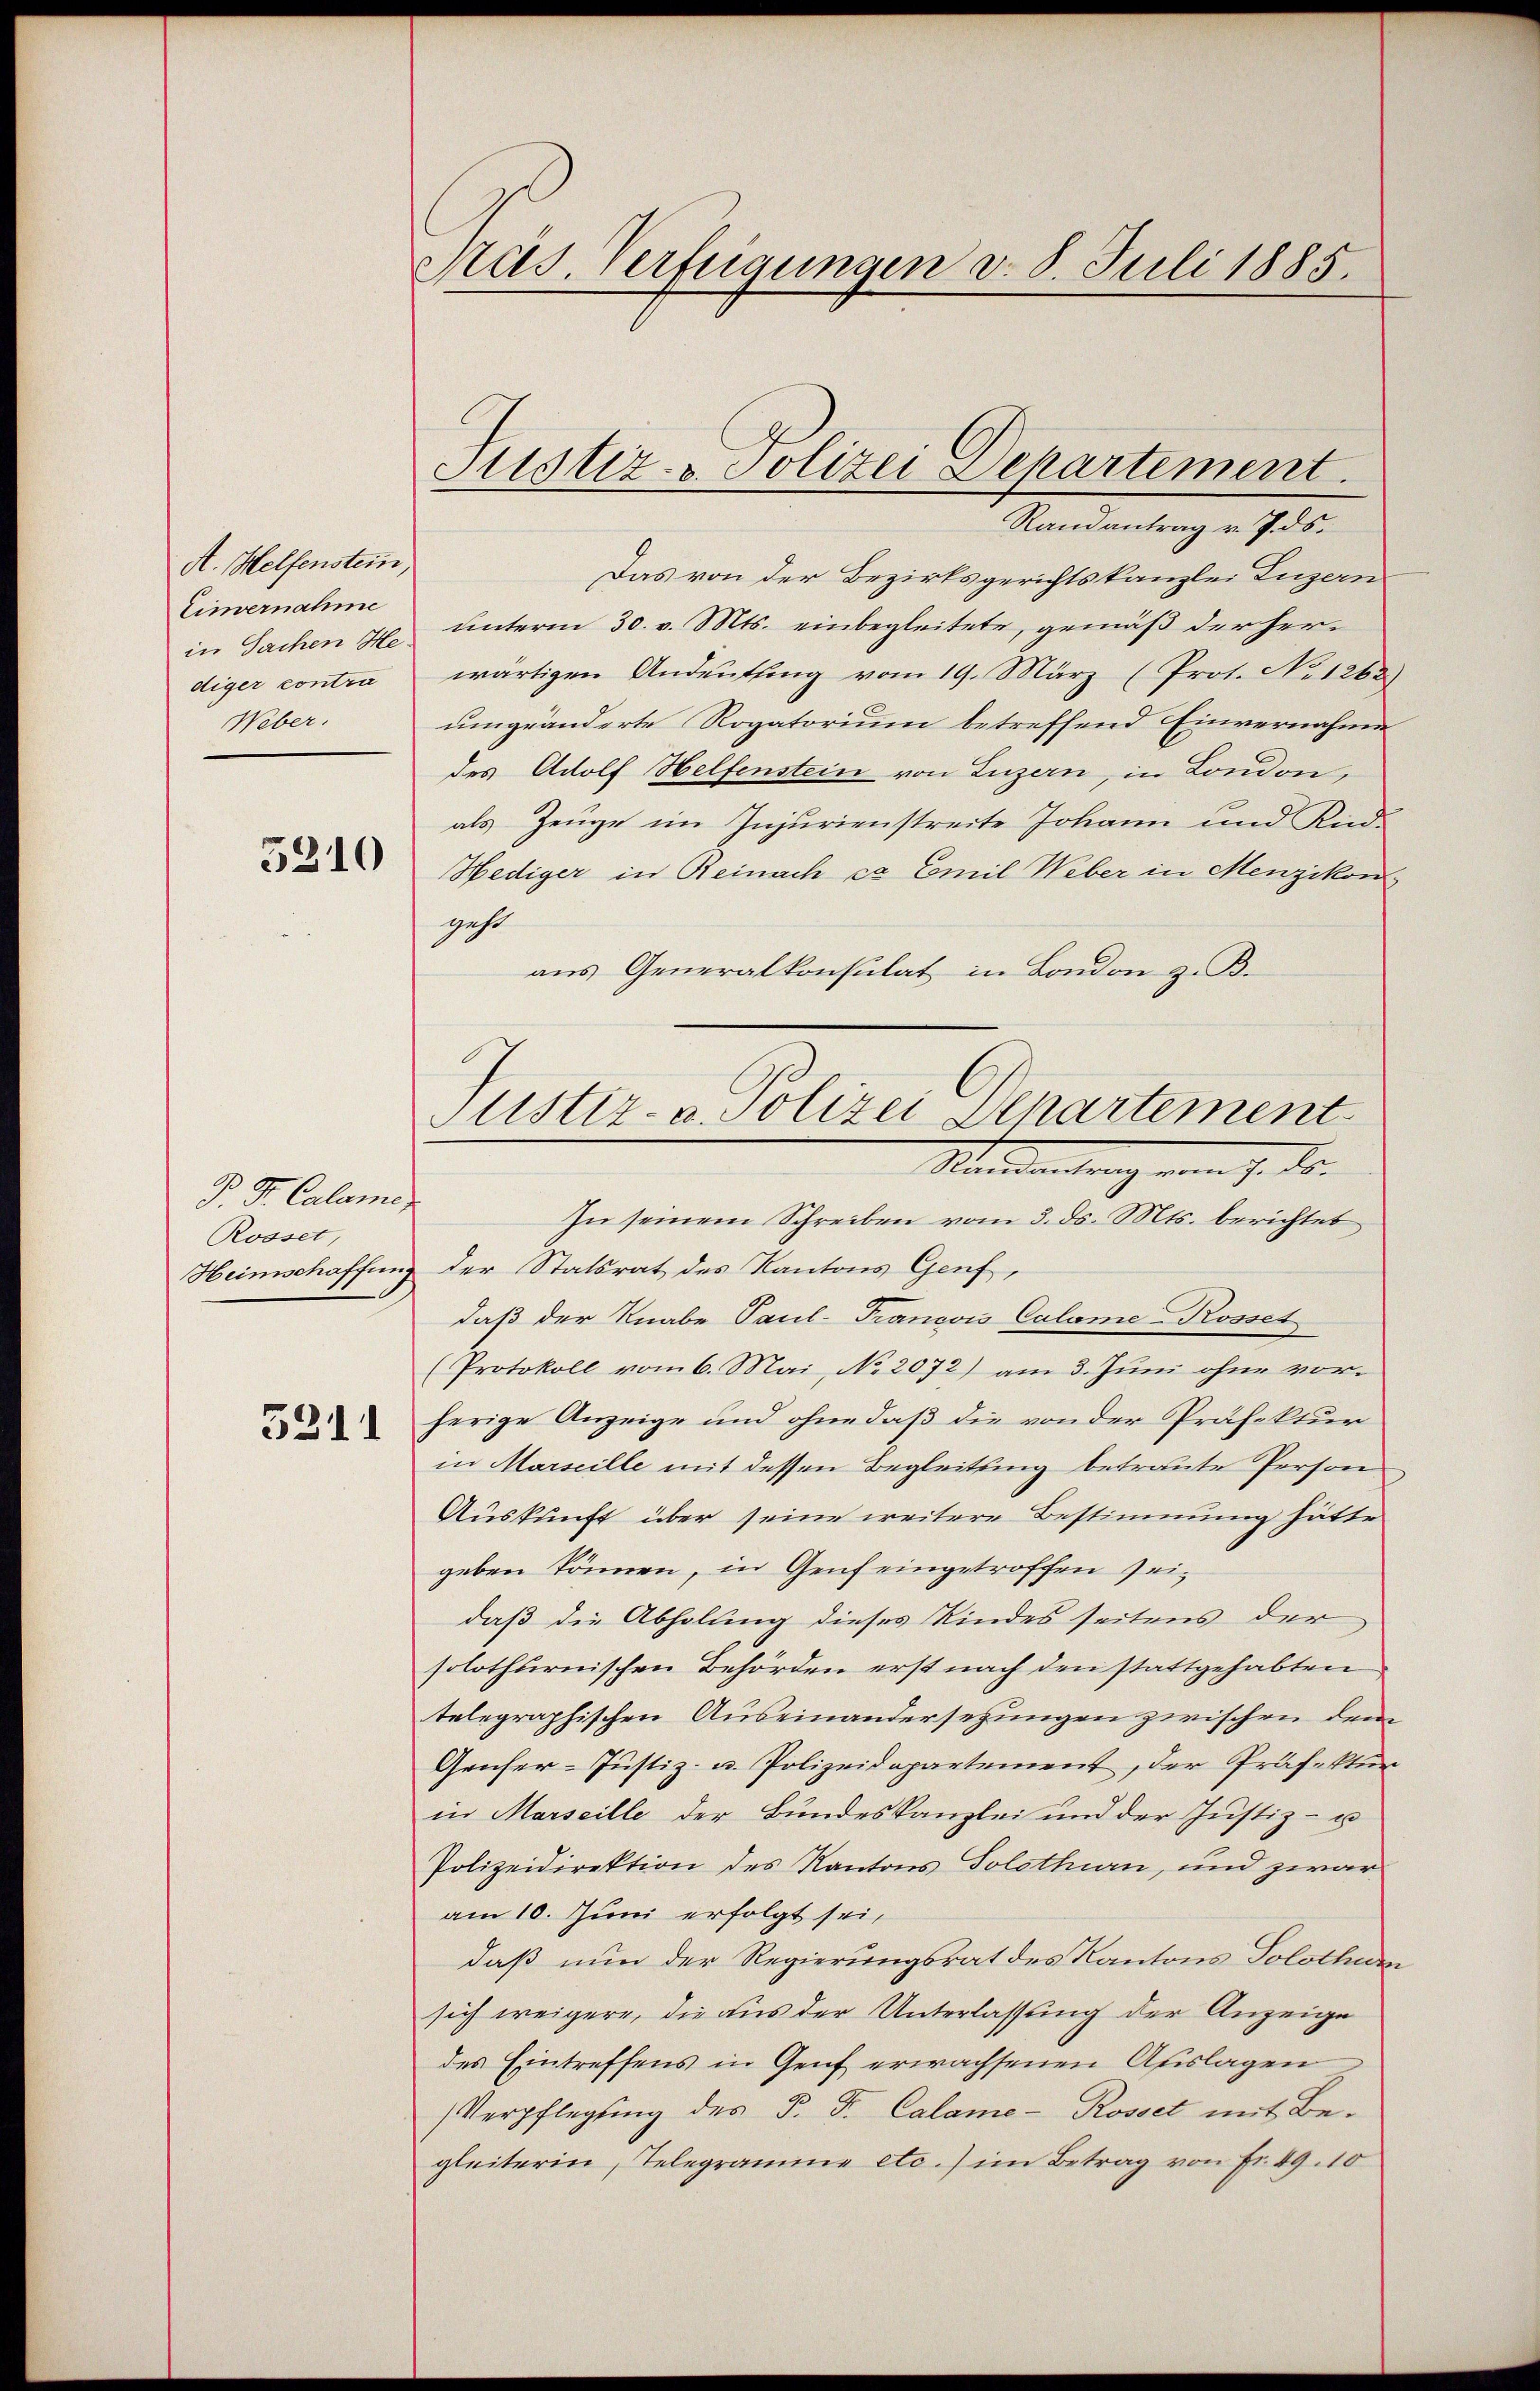
A. Helfenstein,
Einvernahme
diger contra
Weber.

5310

P. Dr. Calamen
Rosset,
3211

Präs. Verfügungen d. 8. Juli 1885.

Randantrag v. 7. ds.
Das von der Bezirksgerichtskanzlei Luzern
in Sachen 7. unteren 30. v. Mts. einbegleitete, gemäß der herwärtigen Andeutling vom 19. März (Prot. No 1263)
umgeänderte Rogatorium betreffend Einvernahme
des Adolf Helfenstein von Luzern, in London,
als Zeuge im Injurienstreite Johann und Kid-
Hediger in Reinach ca Emil Weber in Menzikon
geht
aus Generalkonsulat in London z. B.
In seinem Schreiben vom 3. ds. Mts. berichtet
Heimschaffung der Statsrat des Kantons Genf,
daß der Knabe Paul-Francois Calame-Rosset
(Protokoll vom 6. Mai, No. 2072) am 3. Juni ohne vorherige Anzeige und ohne daß die von der Präfektur
in Marseille mit dessen Begleitung betraute Person
Auskunft über seine weitere Bestimmung hätte
geben können, in Genf eingetroffen seidaß die Abholung dieses Kindes seitens der
solothurnischen Behörden erst nach den stattgehabten
telegraphischen Auseinandersezungen zwischen dem
Genfer-Justiz- u. Polizeidepartement, der Präfektur
in Marseille der Bundeskanzlei und der Justiz- u
Polizeidirektion des Kantons Solothurn, und zwar
am 10. Juni erfolgt sei,
daß nun der Regierungsrat des Kantons Solothur
sich weigere, die aus der Unterlassung der Anzeige
des Eintreffens in Gruf erwachsenen Auslagen
Verpflegung des P. F. Calame- Rosset mit Begleiterin, Telegramme etc.) im Betrag von Fr. 49. 10

Justiz- & Polizei Departement.

Justiz- u. Polizei Departement
Standerung vom 7. ds.